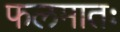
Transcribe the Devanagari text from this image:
फलमातः